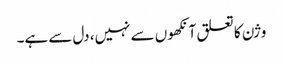
وژن کا تعلق آنکھوں سے نہیں، دل سے ہے۔